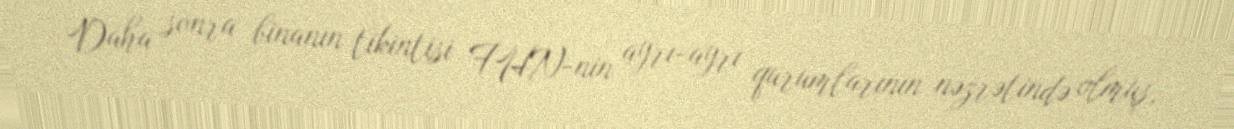
Daha sonra binanın tikintisi FHN-nin ayrı-ayrı qurumlarının nəzrətində olmuş,